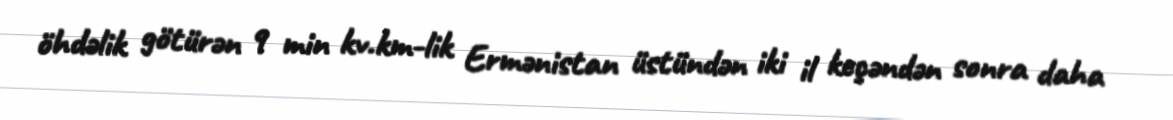
öhdəlik götürən 9 min kv.km-lik Ermənistan üstündən iki il keçəndən sonra daha